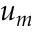
u _ { m }